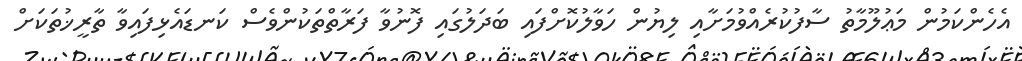
އެހެންކަމުން މަޢުލޫމާތު ސާފުކުރެއްވުމަށާއި ލިޔުން ހަވާލުކޮށްފައި ބަދަލުގައި ފޮނުވާ ފަރާތްތަކުންވެސް ކަނޑައެޅިފައިވާ ތާރީޚުތަކަށް